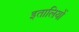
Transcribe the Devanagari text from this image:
इतालियों